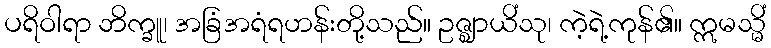
ပရိဝါရာ ဘိက္ခူ၊ အခြံအရံရဟန်းတို့သည်။ ဥဇ္ဈာယိံသု၊ ကဲ့ရဲ့ကုန်၏။ ဣမသ္မိံ